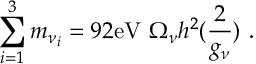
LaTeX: \sum _ { i = 1 } ^ { 3 } m _ { { \nu } _ { i } } = 9 2 \mathrm { e V } ~ \Omega _ { \nu } h ^ { 2 } ( { \frac { 2 } { g _ { \nu } } } ) ~ .